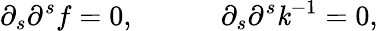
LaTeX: \partial_{s}\partial^{s}f=0,\ \ \ \ \ \ \ \ \ \ \ \ \partial_{s}\partial^{s}\mathit{k}^{-1}=0,